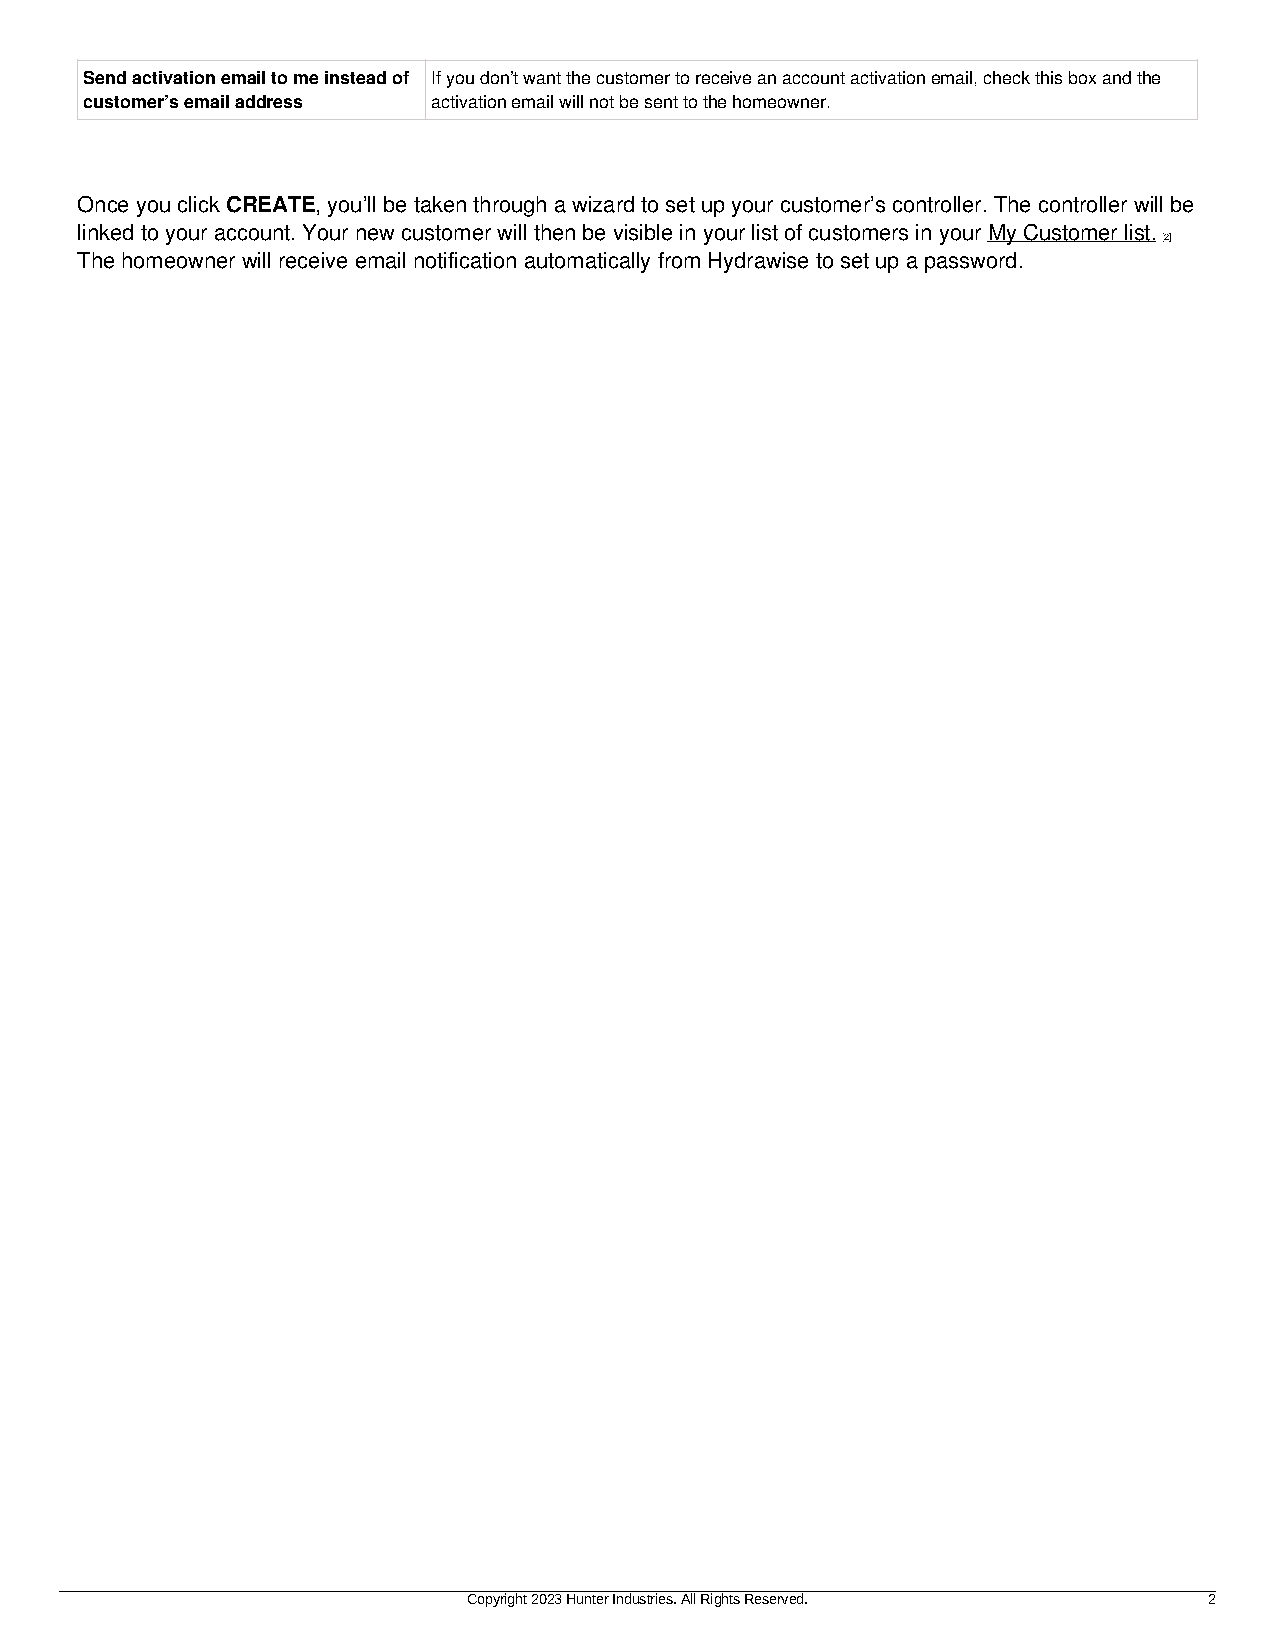
Send activation email to me instead of If you don’t want the customer to receive an account activation email, check this box and the
 customer’s email address activation email will not be sent to the homeowner.
 Once you click CREATE, you’ll be taken through a wizard to set up your customer’s controller. The controller will be
 linked to your account. Your new customer will then be visible in your list of customers in your My Customer list.
 [2]
 The homeowner will receive email notification automatically from Hydrawise to set up a password.
 Copyright 2023 Hunter Industries. All Rights Reserved. 2